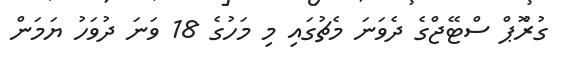
ގުރޫޮޕް ސްޓޭޖްގެ ދެވަނަ މެޗުގައި މި މަހުގެ 18 ވަނަ ދުވަހު ޔަމަން